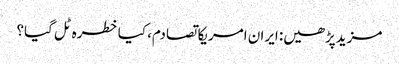
مزیدپڑھیں: ایران امریکا تصادم، کیا خطرہ ٹل گیا؟